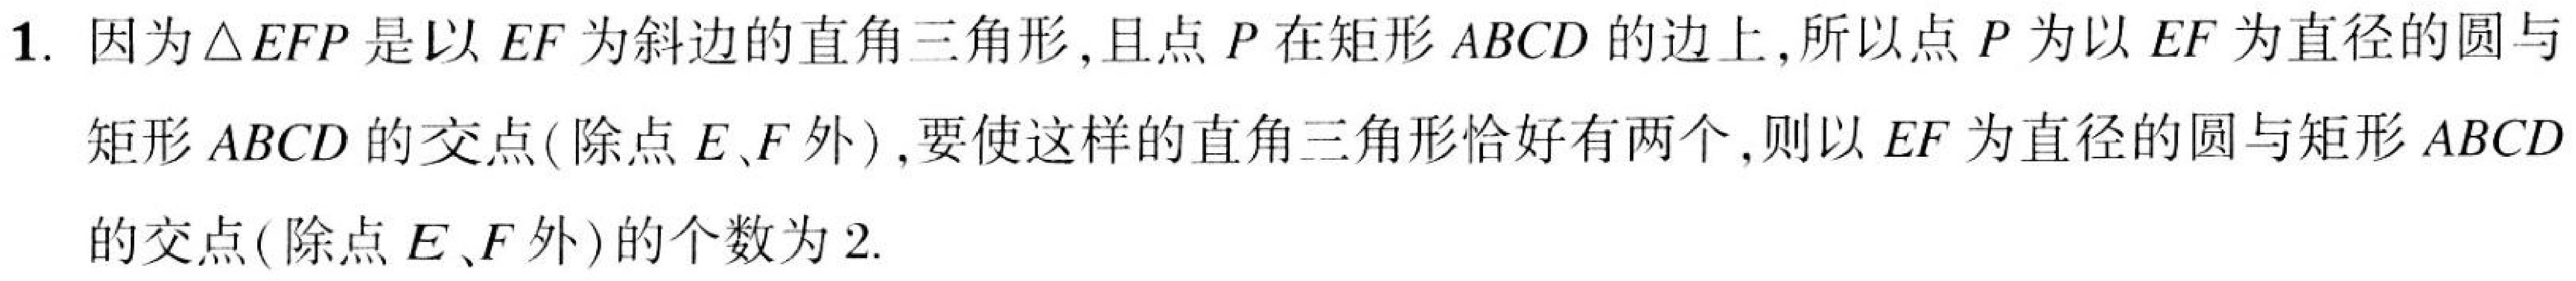
1. 因为\(\triangle EFP\)是以\(EF\)为斜边的直角三角形,且点\(P\)在矩形\(ABCD\)的边上,所以点\(P\)为以\(EF\)为直径的圆与
矩形\(ABCD\)的交点( 除点\(E、F\)外),要使这样的直角三角形恰好有两个,则以\(EF\)为直径的圆与矩形\(ABCD\)
的交点( 除点\(E、F\)外)的个数为\(2\).